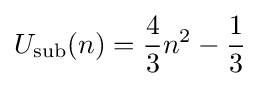
U_{\text{sub}}(n)={\frac {4}{3}}n^{2}-{\frac {1}{3}}